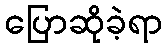
ပြောဆိုခဲ့ရာ